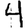
Digit: 4